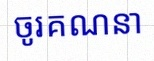
ចូរគណនា